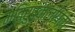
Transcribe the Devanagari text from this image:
मतिरुपकल्पिता